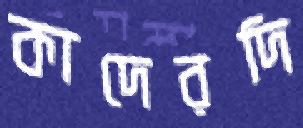
কাদেরদি